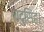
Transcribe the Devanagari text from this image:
यदुसिंह।